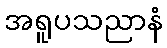
အရူပသညာနံ